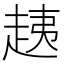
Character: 𧻑